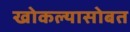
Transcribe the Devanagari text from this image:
खोकल्यासोबत